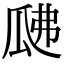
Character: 𤫰